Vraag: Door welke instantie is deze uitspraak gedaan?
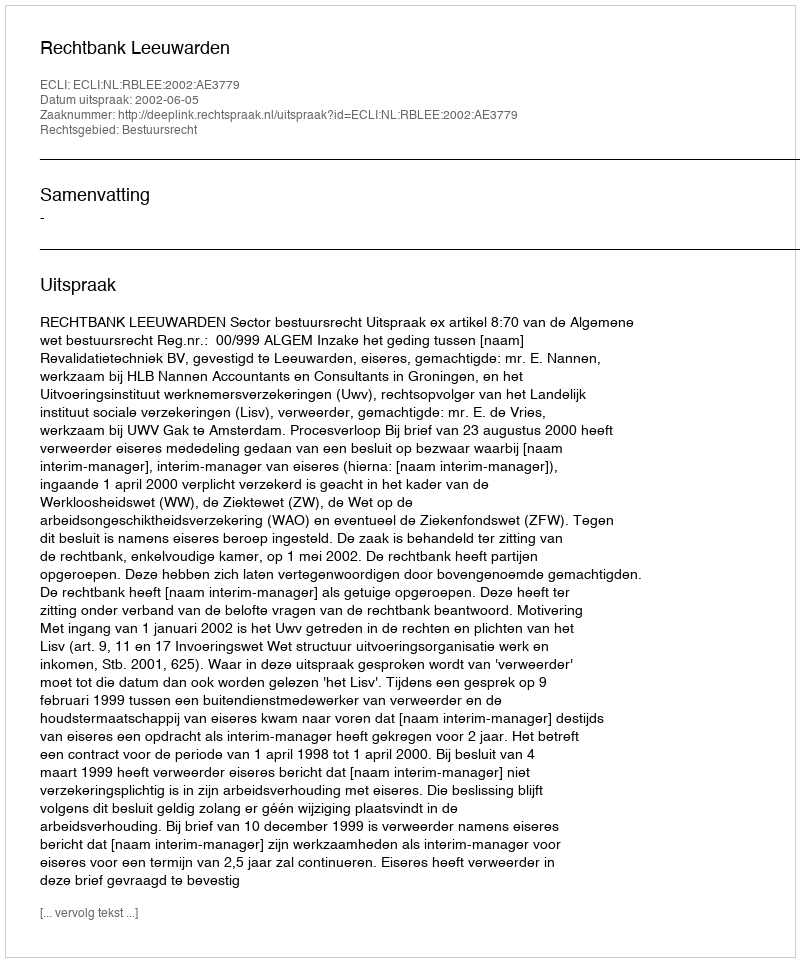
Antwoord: Rechtbank Leeuwarden